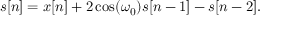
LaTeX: s [ n ] = x [ n ] + 2 \cos ( \omega _ { 0 } ) s [ n - 1 ] - s [ n - 2 ] .